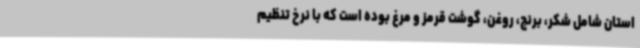
استان شامل شکر، برنج، روغن، گوشت قرمز و مرغ بوده است که با نرخ تنظیم